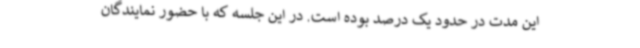
این مدت در حدود یک درصد بوده است. در این جلسه که با حضور نمایندگان